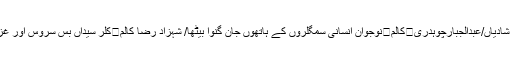
کچھ نظر ادھر بھی/ راجہ قنبر	کالم	انٹر ویو/ہیڈماسٹرڈیرہ خالصہ سکول ’’حسن محمود‘‘	کالم	جبری شادیاں/عبدالجبارچوہدری	کالم	نوجوان انسانی سمگلروں کے ہاتھوں جان گنوا بیٹھا/ شہزاد رضا کالم	کلر سیداں بس سروس اور غزن آباد ہسپتال / چوہدری محمد اشفاق	کالم	چوہدری نثارعلی کے ترقیاتی منصوبوں پر عوامی ردعمل ؟